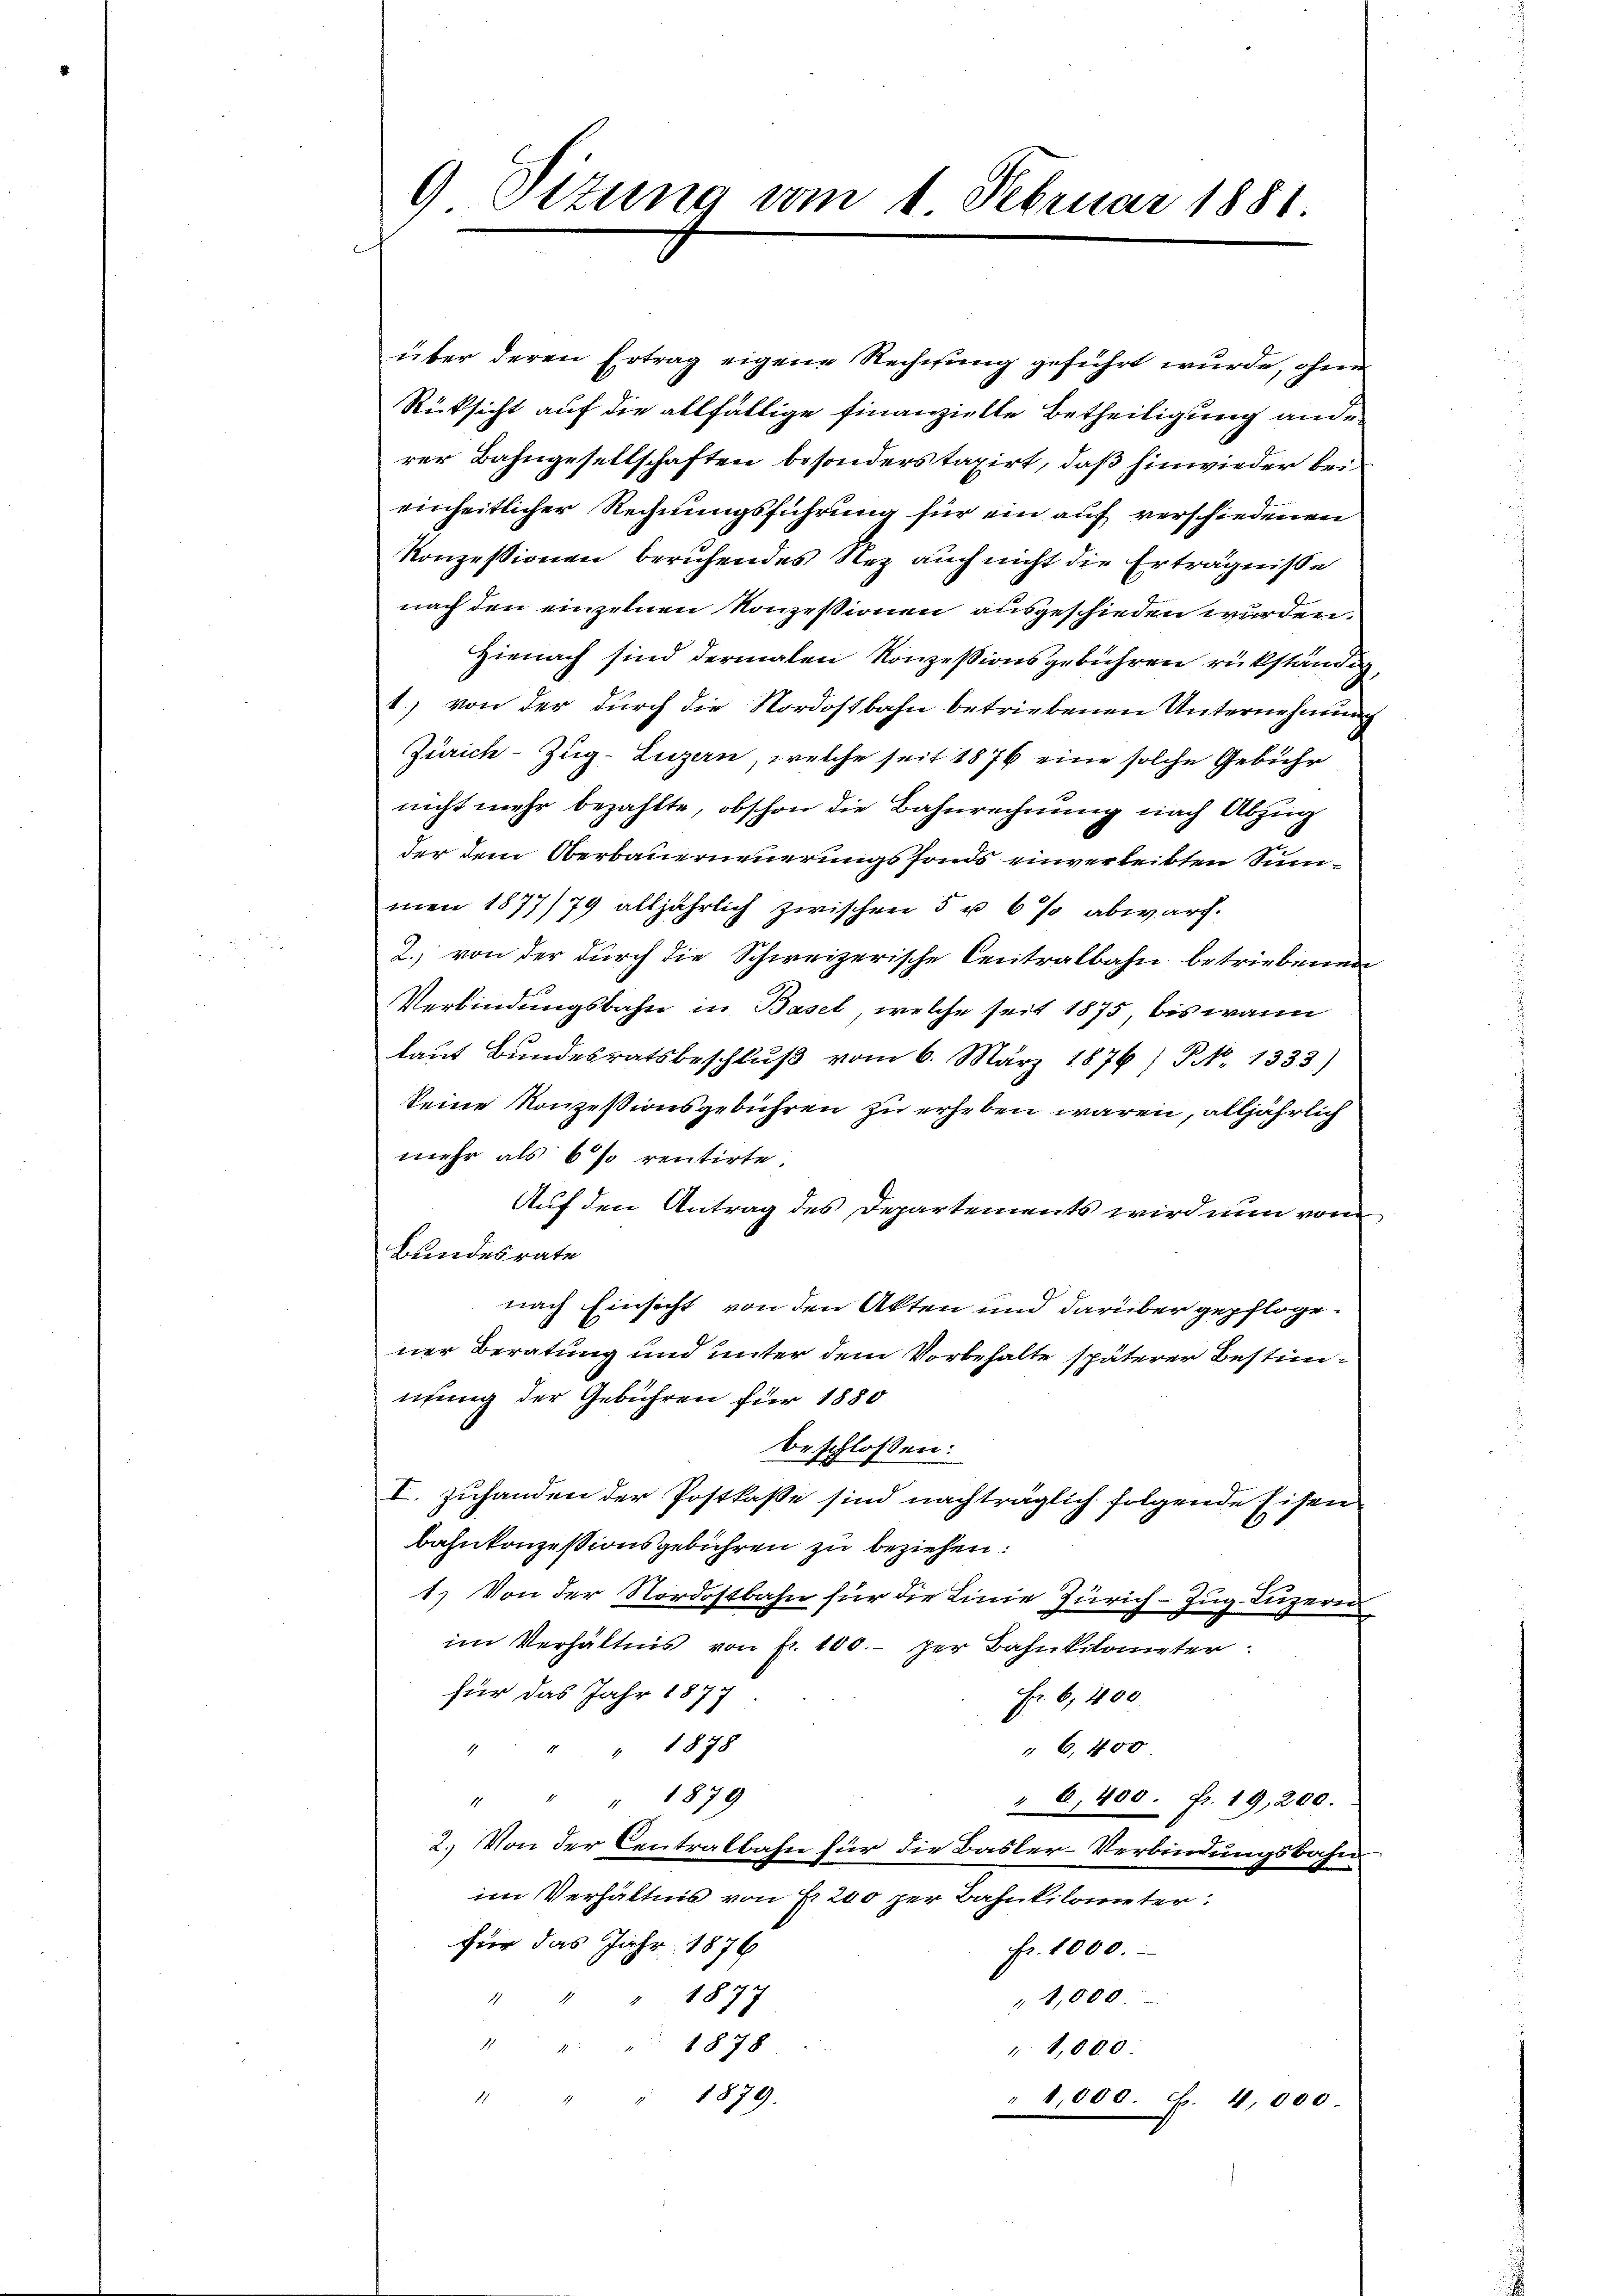
9 Sizung vom 1. Februar 1881

über deren Ertrag eigene Rechnung geführt wurde, ohne
Rücksicht auf die allfällige finanzielte Betheiligung ande
rer Bahngesellschaften besonders taxirt, daß hinwieder bei
einheitlicher Rechnungsführung für ein auf verschiedenen
Konzessionen beruhendes Nez auch nicht die Erträgnisse
nach den einzelnen Konzessionen ausgeschieden wurden.
Hienach sind dermalen Konzessionsgebühren rükständig,
1.) von der durch die Nordostbahn betriebenen Unternehmung
Zürich–Zug–Luzern, welche seit 1876 eine solche Gebühr
nicht mehr bezahlte, obschon die Bahnrechnung nach Abzug
der dem Oberbauerneuerungsfonds einverleibten Summen 1877/79 alljährlich zwischen 5 u 6 % abwarf.
2. von der durch die Schweizerische Centralbahn betriebenen
Verbindungsbahn in Basel, welche seit 1875, bis wann
laut Bundesratsbeschlŭβ vom 6. März 1876) S. 1333)
keine Konzessionsgebühren zu erheben wären, alljährlich
mehr als 6 % rentirte.
Auf den Antrag des Departements wird nun von
Bundesrate
nach Einsicht von den Akten und darüber gepflogener Beratung und unter dem Vorbehalte späterer Bestimnung der Gebühren für 1880
beschlossen:
I. Zuhanden der Postkasse sind nachträglich folgende Eisen
bahnkonzessionsgebühren zu beziehen:
1.) Von der Nordostbahn für die Linie Zürich–Zug–Luzern
im Verhältnis von fr. 100.- per Bahnkilometer:
für das Jahr 1877
Fr. 6, 400
" 1878
" 6,400
" " " 1879
" 0,400. Fr. 19, 200.
2. Von der Centralbahn für die Basler-Verbindungsbahn
im Verhältnis von Fr. 200 per Bahnkilometer:
für das Jahr 1876
Fr. 1000.
1877
1
1,000.
1.
1878
g
1,000
" 1879.
11
" 1,000. f. 4,000